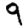
Digit: 9